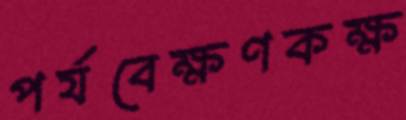
পর্যবেক্ষণকক্ষ